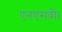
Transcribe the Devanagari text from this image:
एनएसवी।